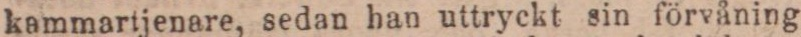
kammartjenare, sedan han uttryckt sin förvåning